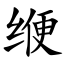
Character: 缏